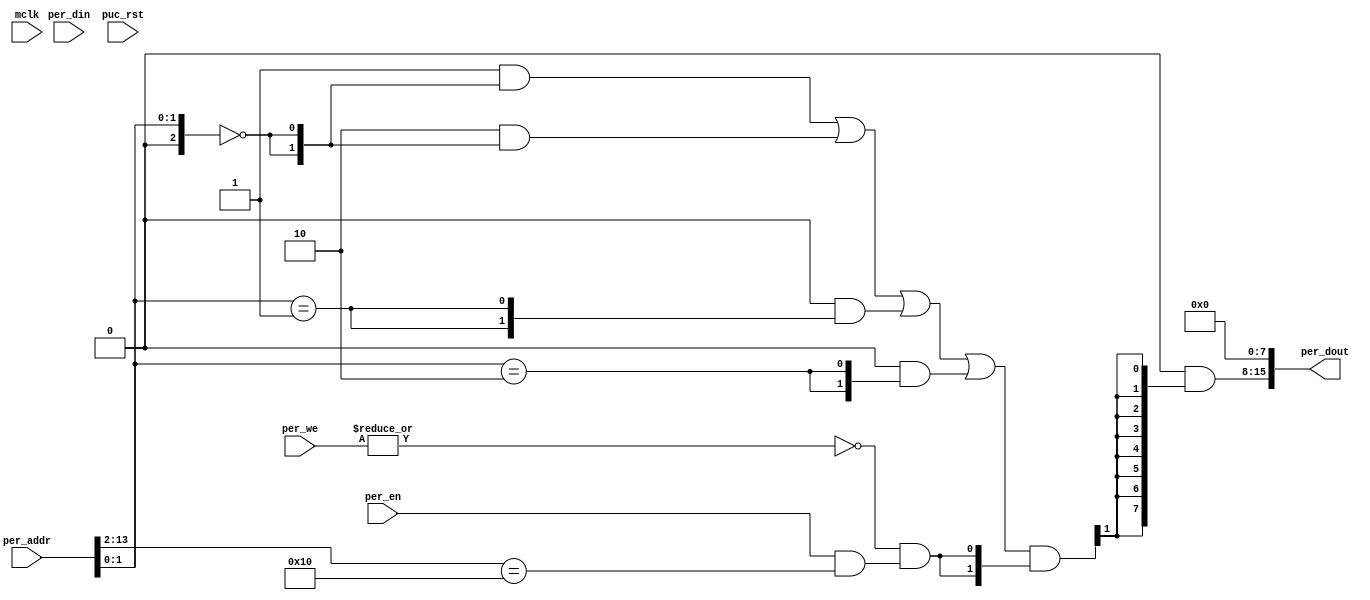
//----------------------------------------------------------------------------
// Copyright (C) 2009 , Olivier Girard
//
// Redistribution and use in source and binary forms, with or without
// modification, are permitted provided that the following conditions
// are met:
//     * Redistributions of source code must retain the above copyright
//       notice, this list of conditions and the following disclaimer.
//     * Redistributions in binary form must reproduce the above copyright
//       notice, this list of conditions and the following disclaimer in the
//       documentation and/or other materials provided with the distribution.
//     * Neither the name of the authors nor the names of its contributors
//       may be used to endorse or promote products derived from this software
//       without specific prior written permission.
//
// THIS SOFTWARE IS PROVIDED BY THE COPYRIGHT HOLDERS AND CONTRIBUTORS "AS IS"
// AND ANY EXPRESS OR IMPLIED WARRANTIES, INCLUDING, BUT NOT LIMITED TO, THE
// IMPLIED WARRANTIES OF MERCHANTABILITY AND FITNESS FOR A PARTICULAR PURPOSE
// ARE DISCLAIMED. IN NO EVENT SHALL THE COPYRIGHT HOLDER OR CONTRIBUTORS BE
// LIABLE FOR ANY DIRECT, INDIRECT, INCIDENTAL, SPECIAL, EXEMPLARY,
// OR CONSEQUENTIAL DAMAGES (INCLUDING, BUT NOT LIMITED TO, PROCUREMENT OF
// SUBSTITUTE GOODS OR SERVICES; LOSS OF USE, DATA, OR PROFITS; OR BUSINESS
// INTERRUPTION) HOWEVER CAUSED AND ON ANY THEORY OF LIABILITY, WHETHER IN
// CONTRACT, STRICT LIABILITY, OR TORT (INCLUDING NEGLIGENCE OR OTHERWISE)
// ARISING IN ANY WAY OUT OF THE USE OF THIS SOFTWARE, EVEN IF ADVISED OF
// THE POSSIBILITY OF SUCH DAMAGE
//
//----------------------------------------------------------------------------
//
// Elementary MMIO device to transform UART writes into stdout events.
//
//----------------------------------------------------------------------------
// $Rev$
// $LastChangedBy$
// $LastChangedDate$
//----------------------------------------------------------------------------

module  omsp_uart_print (

// OUTPUTs
    per_dout,                       // Peripheral data output

// INPUTs
    mclk,                           // Main system clock
    per_addr,                       // Peripheral address
    per_din,                        // Peripheral data input
    per_en,                         // Peripheral enable (high active)
    per_we,                         // Peripheral write enable (high active)
    puc_rst                         // Main system reset
);

// OUTPUTs
//=========
output      [15:0] per_dout;        // Peripheral data output

// INPUTs
//=========
input              mclk;            // Main system clock
input       [13:0] per_addr;        // Peripheral address
input       [15:0] per_din;         // Peripheral data input
input              per_en;          // Peripheral enable (high active)
input        [1:0] per_we;          // Peripheral write enable (high active)
input              puc_rst;         // Main system reset


//=============================================================================
// 1)  PARAMETER DECLARATION
//=============================================================================

// Register base address (must be aligned to decoder bit width)
parameter       [14:0] BASE_ADDR   = 15'h0080;

// Decoder bit width (defines how many bits are considered for address decoding)
parameter              DEC_WD      =  3;

// Register addresses offset
parameter [DEC_WD-1:0] UART_CTL      =  'h0,
                       UART_STAT     =  'h1,
                       UART_BAUD     =  'h2,
                       UART_TXD      =  'h4,
                       UART_RXD      =  'h5;

// Register one-hot decoder utilities
parameter              DEC_SZ      =  (1 << DEC_WD);
parameter [DEC_SZ-1:0] BASE_REG    =  {{DEC_SZ-1{1'b0}}, 1'b1};

// Register one-hot decoder
parameter [DEC_SZ-1:0] UART_CTL_D  = (BASE_REG << UART_CTL),
                       UART_STAT_D = (BASE_REG << UART_STAT), 
                       UART_BAUD_D = (BASE_REG << UART_BAUD), 
                       UART_TXD_D  = (BASE_REG << UART_TXD),
                       UART_RXD_D  = (BASE_REG << UART_RXD); 


//============================================================================
// 2)  REGISTER DECODER
//============================================================================

// Local register selection
wire              reg_sel      =  per_en & (per_addr[13:DEC_WD-1]==BASE_ADDR[14:DEC_WD]);

// Register local address
wire [DEC_WD-1:0] reg_addr     =  {1'b0, per_addr[DEC_WD-2:0]};

// Register address decode
wire [DEC_SZ-1:0] reg_dec      = (UART_CTL_D  &  {DEC_SZ{(reg_addr==(UART_CTL >>1))}}) |
                                 (UART_STAT_D  &  {DEC_SZ{(reg_addr==(UART_STAT >>1))}}) |
                                 (UART_BAUD_D  &  {DEC_SZ{(reg_addr==(UART_BAUD >>1))}}) |
                                 (UART_TXD_D  &  {DEC_SZ{(reg_addr==(UART_TXD >>1))}});

// Read/Write probes
wire              reg_lo_write =  per_we[0] & reg_sel;
wire              reg_hi_write =  per_we[1] & reg_sel;
wire              reg_read     = ~|per_we   & reg_sel;

// Read/Write vectors
wire [DEC_SZ-1:0] reg_hi_wr    = reg_dec & {DEC_SZ{reg_hi_write}};
wire [DEC_SZ-1:0] reg_lo_wr    = reg_dec & {DEC_SZ{reg_lo_write}};
wire [DEC_SZ-1:0] reg_rd       = reg_dec & {DEC_SZ{reg_read}};


//============================================================================
// 3) REGISTERS
//============================================================================
   
// UART_TXD Register
//-----------------
// write triggers display on stdout

wire       uart_txd_wr  = UART_TXD[0] ? reg_hi_wr[UART_TXD] : reg_lo_wr[UART_TXD];
wire [7:0] uart_txd_nxt = UART_TXD[0] ? per_din[15:8]     : per_din[7:0];

always @ (posedge mclk)
  if (uart_txd_wr) $write("%c", uart_txd_nxt[6:0]);

// UART_STAT Register
//-----------------
// uart_tx_full bit always reads as zero
wire [7:0] uart_stat = 8'b0;

//============================================================================
// 4) DATA OUTPUT GENERATION
//============================================================================

// Data output mux
wire [15:0] uart_stat_rd   = {8'h00, (uart_stat  & {8{reg_rd[UART_STAT]}})}  << (8 & {4{UART_STAT[0]}});

wire [15:0] per_dout  =  uart_stat_rd;
   
endmodule // omsp_uart_print